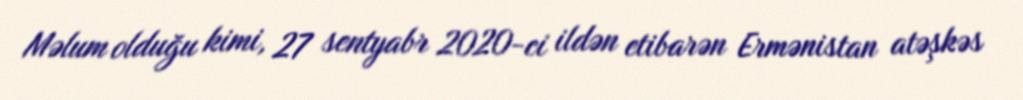
Məlum olduğu kimi, 27 sentyabr 2020-ci ildən etibarən Ermənistan atəşkəs